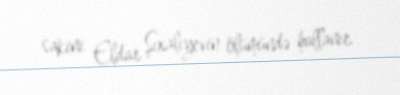
sakini Eldar Şıxalıyevin ölümündə hallanır.